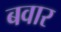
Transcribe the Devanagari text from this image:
बवार